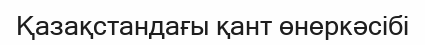
Қазақстандағы қант өнеркәсібі